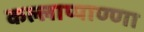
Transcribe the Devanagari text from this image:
कल्लाप्पाण्णा